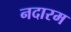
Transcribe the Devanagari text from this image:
नदारम